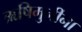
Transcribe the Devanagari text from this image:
ऋषिमुनींना